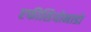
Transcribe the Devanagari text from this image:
एफीसियोनाडो